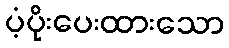
ပံ့ပိုးပေးထားသော